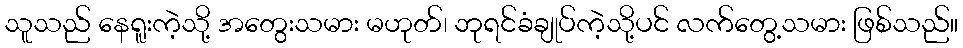
သူသည် နေရူးကဲ့သို့ အတွေးသမား မဟုတ်၊ ဘုရင်ခံချုပ်ကဲ့သို့ပင် လက်တွေ့သမား ဖြစ်သည်။